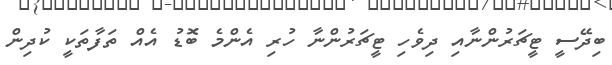
ބިދޭސީ ޓީޗަރުންނާއި ދިވެހި ޓީޗަރުންނާ ހުރި އެންމެ ބޮޑު އެއް ތަފާތަކީ ކުދިން